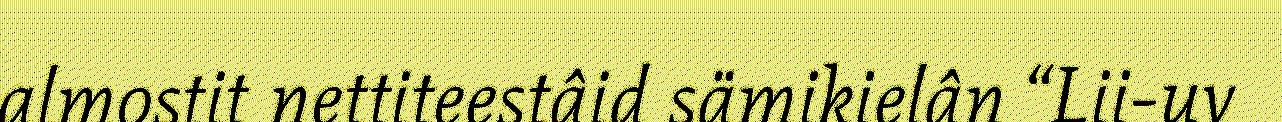
almostit nettiteestâid sämikielân “Lii-uv